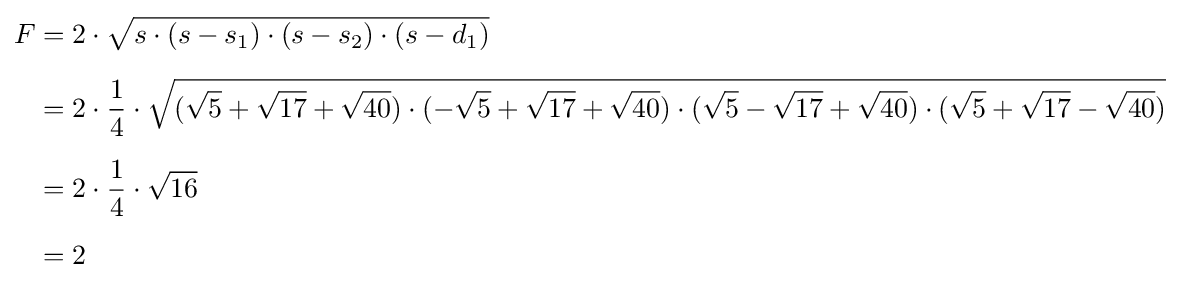
{\begin{aligned}F&=2\cdot {\sqrt {s\cdot (s-s_{1})\cdot (s-s_{2})\cdot (s-d_{1})}}\\[5pt]&=2\cdot {\frac {1}{4}}\cdot {\sqrt {({\sqrt {5}}+{\sqrt {17}}+{\sqrt {40}})\cdot (-{\sqrt {5}}+{\sqrt {17}}+{\sqrt {40}})\cdot ({\sqrt {5}}-{\sqrt {17}}+{\sqrt {40}})\cdot ({\sqrt {5}}+{\sqrt {17}}-{\sqrt {40}})}}\\[5pt]&=2\cdot {\frac {1}{4}}\cdot {\sqrt {16}}\\[5pt]&=2\end{aligned}}